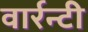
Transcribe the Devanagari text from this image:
वार्रन्टी